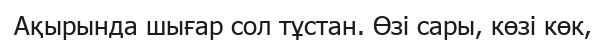
Ақырында шығар сол тұстан. Өзі сары, көзі көк,